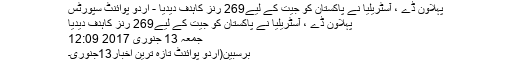
پہلاون ڈے ، آسٹریلیا نے پاکستان کو جیت کے لیے269 رنز کاہدف دیدیا - اُردو پوائنٹ سپورٹس
پہلاون ڈے ، آسٹریلیا نے پاکستان کو جیت کے لیے269 رنز کاہدف دیدیا
جمعہ 13 جنوری 2017 12:09
برسبین(اردو پوائنٹ تازہ ترین اخبار13جنوری۔